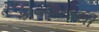
કાવલાનાથી